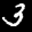
Label: 3